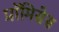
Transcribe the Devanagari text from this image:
प्रॉमिसेस